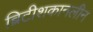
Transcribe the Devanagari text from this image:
ब्रिटीशकानलीन